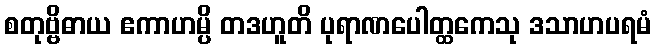
စတုဗ္ဗိဓာယ ဧကာဟမ္ပိ တဒဟူတိ ပုရာဏပေါတ္ထကေသု ဒသာဟပရမံ